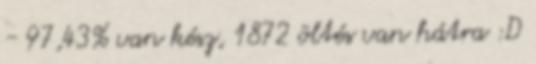
- 97,43% van kész, 1872 öltés van hátra :D